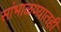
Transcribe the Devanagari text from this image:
सांभाळण्यातही